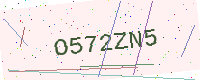
Text: O572ZN5